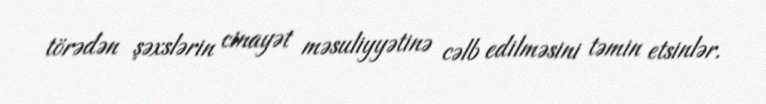
törədən şəxslərin cinayət məsuliyyətinə cəlb edilməsini təmin etsinlər.